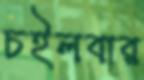
চইলবার